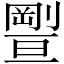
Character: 𠠊